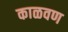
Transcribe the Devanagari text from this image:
काळवण